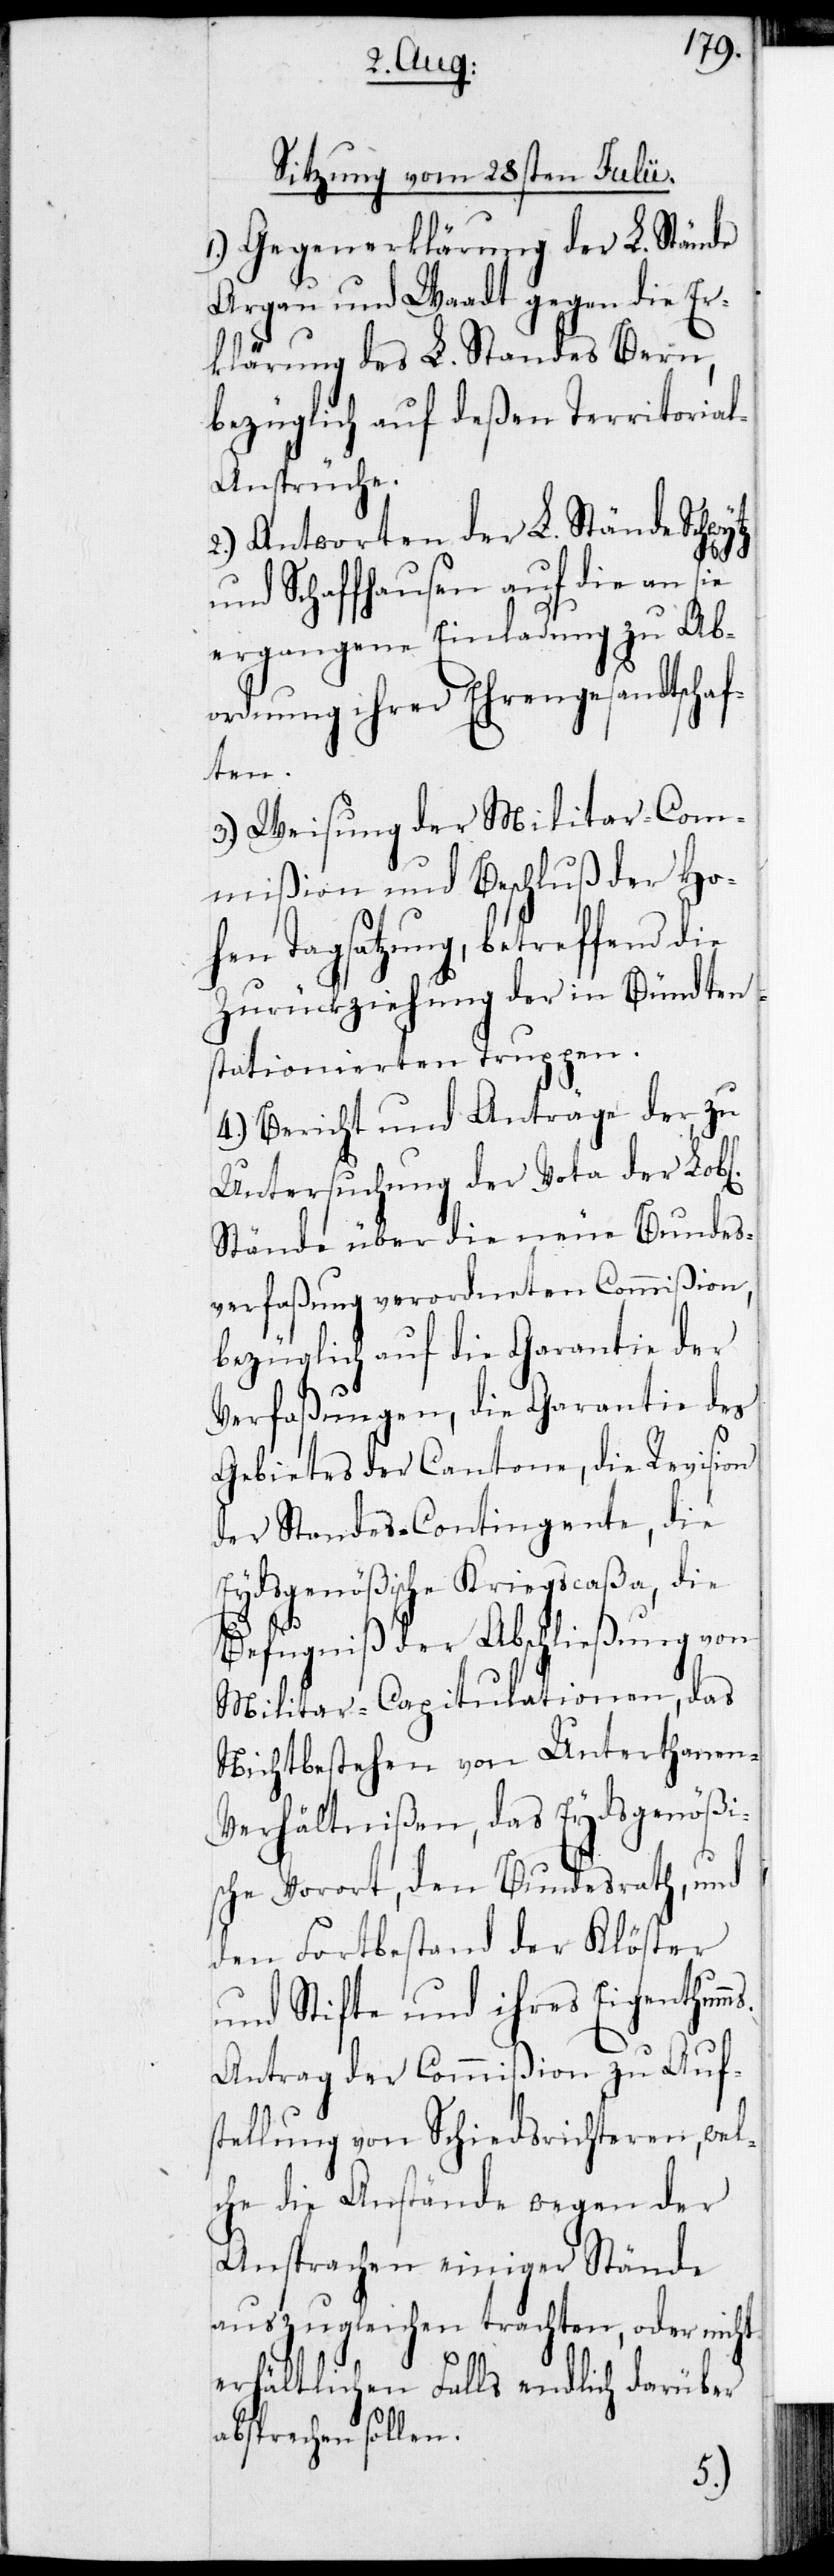
Sitzung vom 28sten Julii.
1.) Gegenerklärung der L. Stände
Argau und Waadt gegen die Er¬
klärung des L. Standes Bern,
bezüglich auf deßen Territoria¬
l-Ansprüche.
2.) Antworten der L. Stände Schwy¬
ms.
und Schaffhausen auf die an sie
ergangene Einladung zu Ab¬
ordnung ihrer Ehrengesandtschaf¬
ichen]
3.) Weisung der Militar-Com¬
mißion und Beschluß der Ho¬
hen Tagsatzung, betreffend die
Zurückziehung der in Bündten
stationierten Truppen.
4.) Bericht und Anträge der zu
Untersuchung der Vota der Lob[l¬
Stände über die neue Bundes¬
verfaßung verordneten Commißion,
bezüglich auf die Garantie der
Verfaßungen, die Garantie des
Gebietes der Cantone, die Revision
der Standes-Contingente, die
Eydsgenößische Kriegscaßa, die
Befugniß der Abschließung von
Militar-Capitulationen, das
Nichtbestehen von Unterthanen-V¬
erhältnißen, das Eydsgenößi¬
sche Vorort, den Bundesrath, und
den Fortbestand der Klöster
und Stifte und ihres Eigenthum¬
Antrag der Commißion zu Auf¬
stellung von Schiedsrichteren, wel¬
che die Anstände wegen der
Ansprachen einiger Stände
auszugleichen trachten, oder nicht
erhältlichen Falls endlich darüber
absprechen sollen.